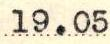
19.05